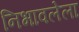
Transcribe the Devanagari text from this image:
निभावलेला